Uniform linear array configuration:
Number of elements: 48
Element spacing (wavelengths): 1
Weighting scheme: uniform
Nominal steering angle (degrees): -45
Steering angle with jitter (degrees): -45.462
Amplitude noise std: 0.05
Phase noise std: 0.05

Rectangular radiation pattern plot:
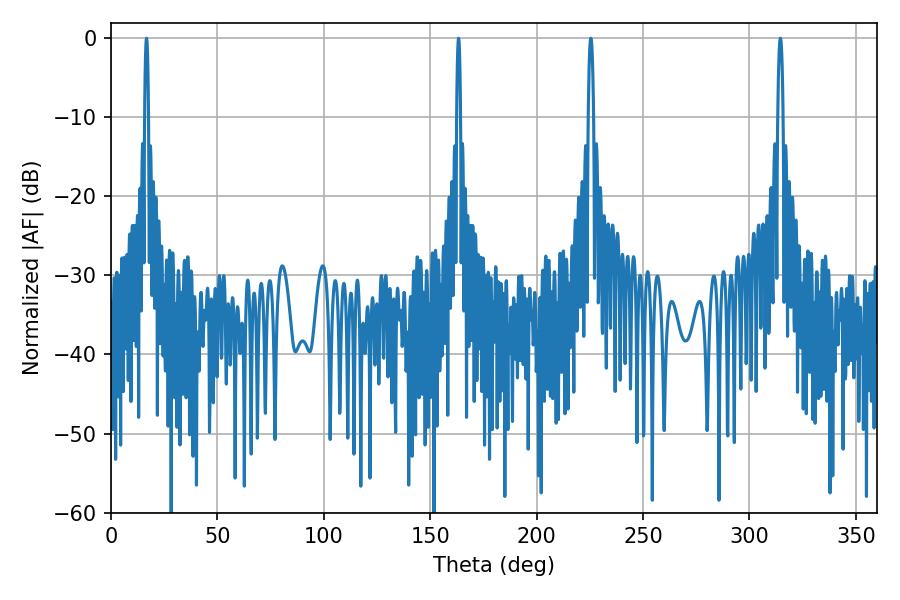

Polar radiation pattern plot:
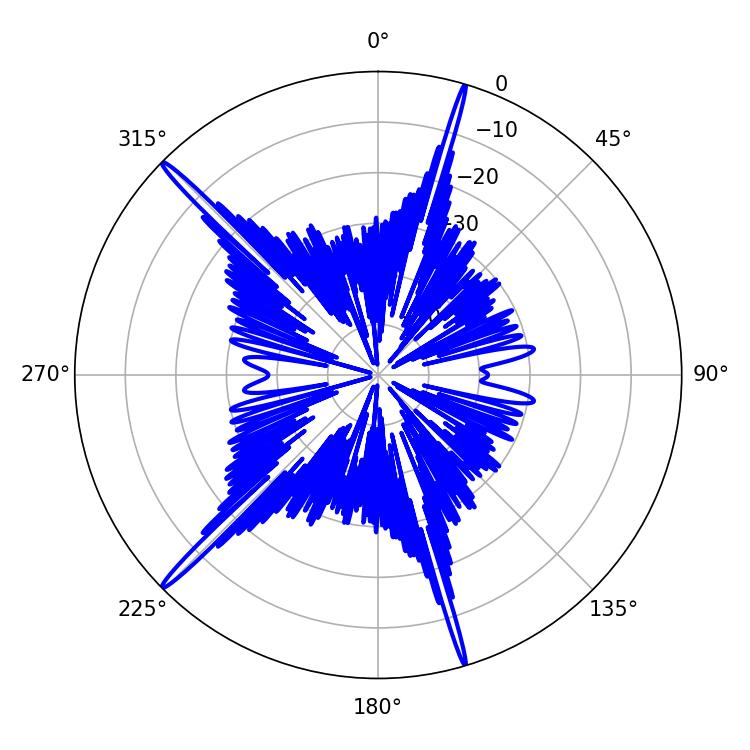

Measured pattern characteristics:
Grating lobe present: TRUE
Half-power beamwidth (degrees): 0.9
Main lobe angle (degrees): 16.74